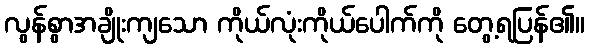
လွန်စွာအချိုးကျသော ကိုယ်လုံးကိုယ်ပေါက်ကို တွေ့ရပြန်၏။